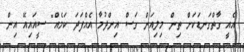
އެއީ ގާތްގަނޑަކަށް ތިން މިލިއަން ގަސް އިންދުމާ އެއްފަދަ ކަމެއް" ސީއައިއޭ އިން